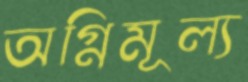
অগ্নিমূল্য